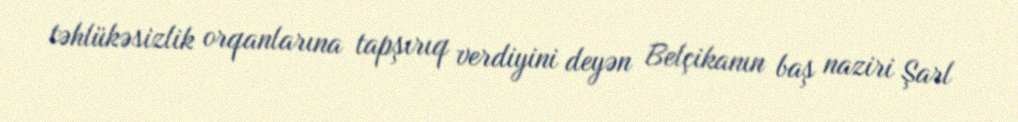
təhlükəsizlik orqanlarına tapşırıq verdiyini deyən Belçikanın baş naziri Şarl